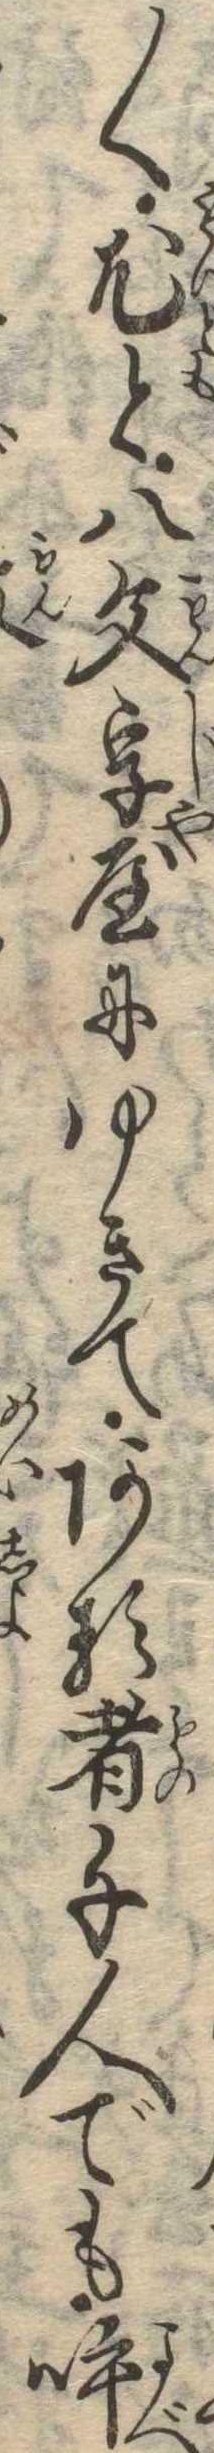
〱尤と八文字屋にゆきてある者千人でも呼